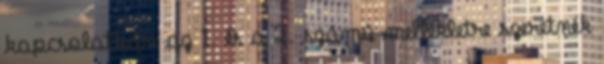
kapcsolatban az 1. és a 2. számú mellékletre szeretnék